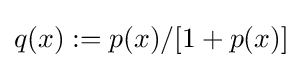
q(x):=p(x)/[1+p(x)]